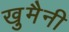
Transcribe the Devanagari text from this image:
खु़मैनी